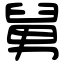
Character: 舅